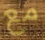
مع